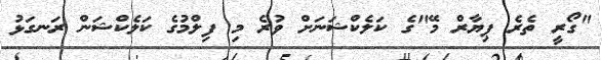
"ގޯރީ ތެރެ ޕިޔާރް މޭ"ގެ ކަލެކްޝަނަށް ވުރެ މި ފިލްމުގެ ކަލެކްޝަން ރަނގަޅު